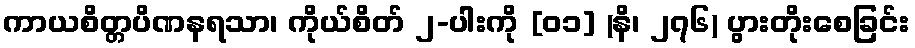
ကာယစိတ္တပိဏနရသာ၊ ကိုယ်စိတ် ၂-ပါးကို [၀၁] (နိ၊ ၂၇၆) ပွားတိုးစေခြင်း